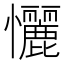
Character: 𢥬